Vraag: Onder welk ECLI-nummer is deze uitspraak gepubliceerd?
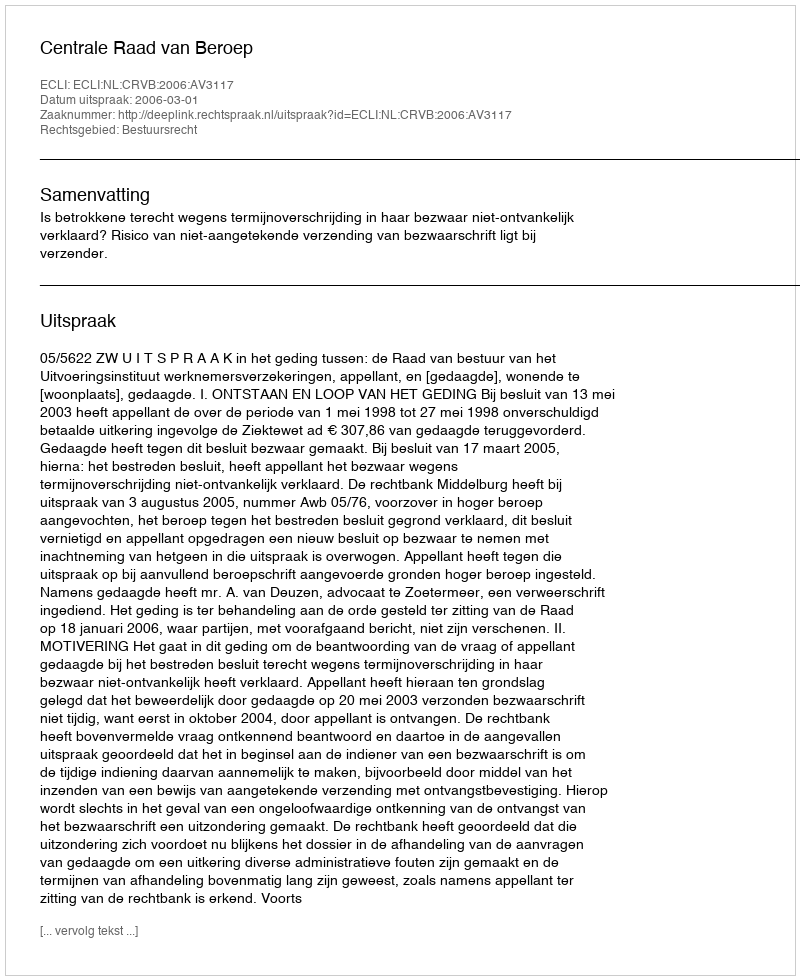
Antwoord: ECLI:NL:CRVB:2006:AV3117